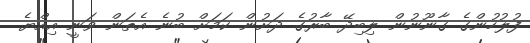
ފުލުހުންގެ ގާނޫނުން ލިބިދޭ ބާރުގެ ދަށުން ކަމަށް ބުނެ އެތަން ވަނީ އިއްޔެ